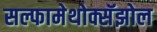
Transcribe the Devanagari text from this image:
सल्फामेथोक्सॅझोल